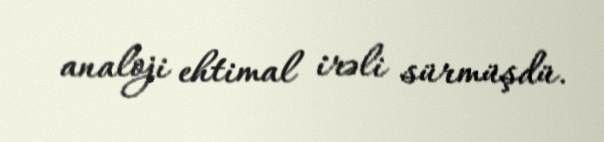
analoji ehtimal irəli sürmüşdü.